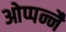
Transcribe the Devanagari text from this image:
ओप्पन्नै